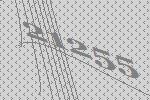
21255